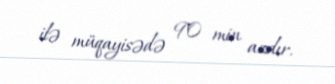
ilə müqayisədə 90 min azdır.